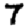
Digit: 7